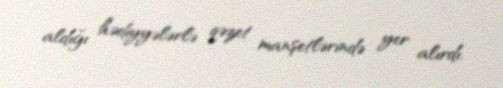
aldığı hədiyyələrlə qəzet manşetlərində yer alırdı.